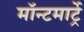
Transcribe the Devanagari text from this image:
मॉन्टमार्ट्रे